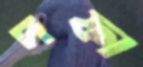
দফা